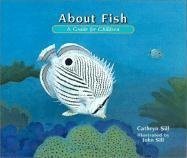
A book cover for About Fish: A Guide For Children (About (Peachtree)); Cathryn P. Sill; Sports & Outdoors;